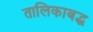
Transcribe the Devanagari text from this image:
तालिकाबद्ध